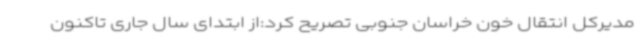
مدیرکل انتقال خون خراسان جنوبی تصریح کرد:از ابتدای سال جاری تاکنون